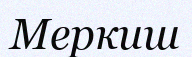
Меркиш